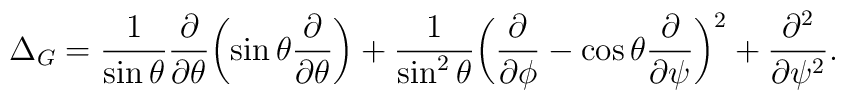
\Delta_G =	\frac1{\sin \theta} \frac{\partial}{\partial \theta}	\biggl( \sin \theta \frac{\partial}{\partial \theta} \biggr)	+	\frac1{\sin^2 \theta}	\biggl( \frac{\partial}{\partial \phi}	- \cos \theta \frac{\partial}{\partial \psi} \biggr)^2	+	\frac{ \partial^2 }{ \partial \psi^2 }.